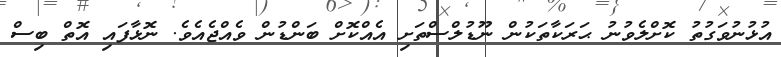
އުޅުނުވަގުތު ކޮށްލެވުނު ޙަރަކާތަކުން ނޫޑުލްސްތަށި އެއްކޮށް ބަންޑުން ވެއްޖެއެވެ. ނޮޅާފައި އޮތް ބިސް